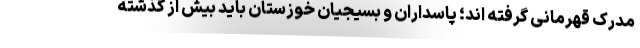
مدرک قهرمانی گرفته اند؛ پاسداران و بسیجیان خوزستان باید بیش از گذشته